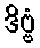
ဒိဗ္ဗံ